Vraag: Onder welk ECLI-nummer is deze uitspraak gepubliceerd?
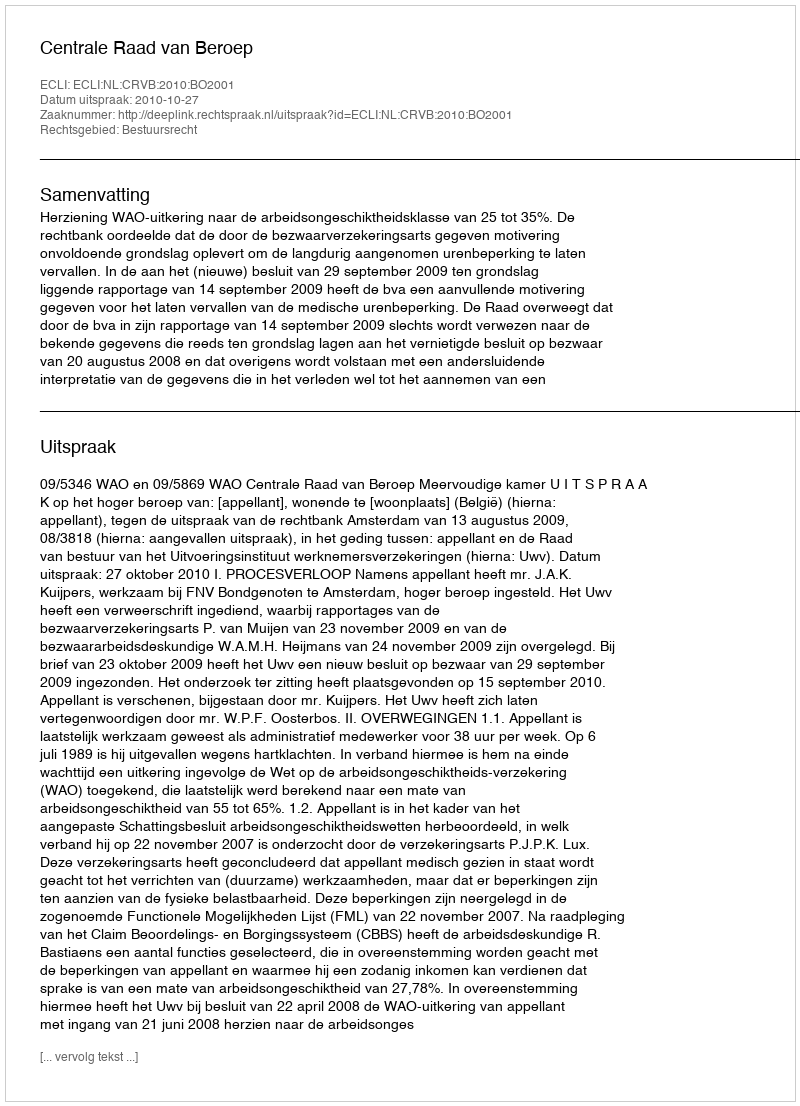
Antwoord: ECLI:NL:CRVB:2010:BO2001